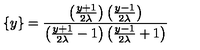
\{ y \} = \frac { \left( \frac { y + 1 } { 2 \lambda } \right) \left( \frac { y - 1 } { 2 \lambda } \right) } { \left( \frac { y + 1 } { 2 \lambda } - 1 \right) \left( \frac { y - 1 } { 2 \lambda } + 1 \right) }